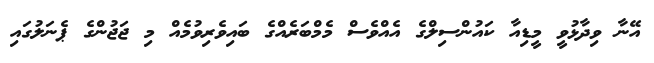
އޭނާ ވިދާޅުވީ މީޑިއާ ކައުންސިލްގެ އެއްވެސް މެމްބަރެއްގެ ބައިވެރިވުމެއް މި ޖަޖުންގެ ޕެނަލުގައި